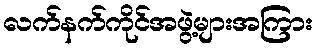
လက်နက်ကိုင်အဖွဲ့များအကြား